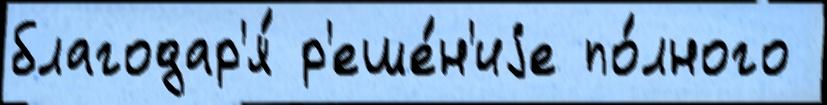
благодар'я́ р'еше́н'иjе по́лного